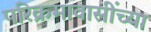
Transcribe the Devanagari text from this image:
परिक्रमावासींच्या